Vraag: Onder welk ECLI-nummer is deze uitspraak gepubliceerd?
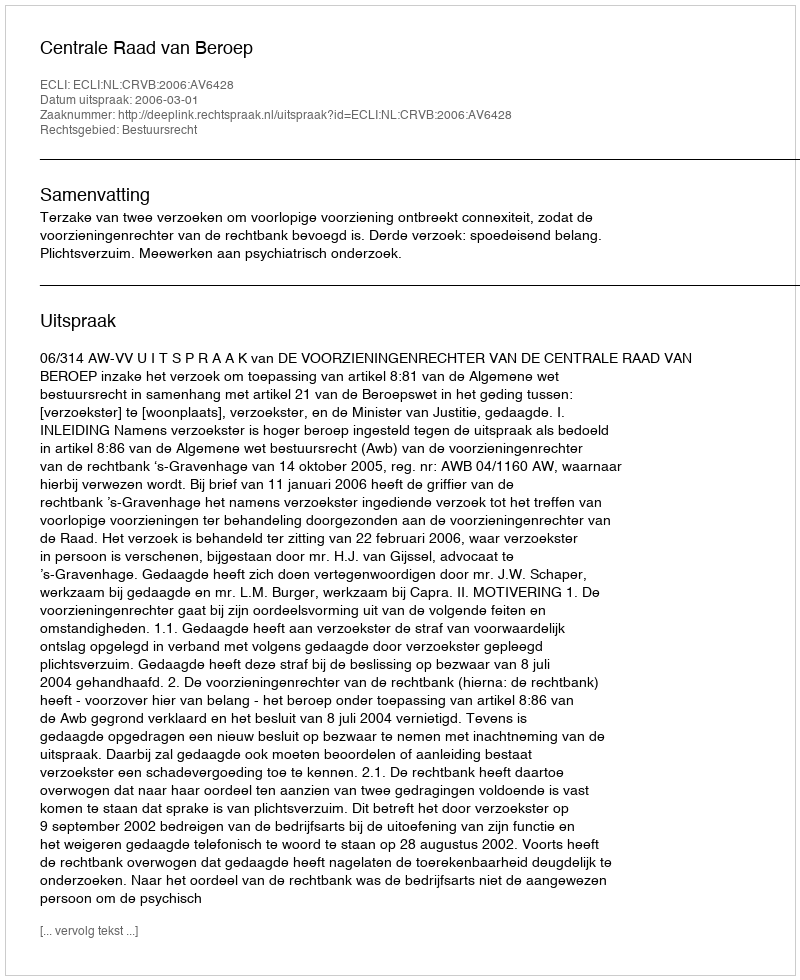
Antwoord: ECLI:NL:CRVB:2006:AV6428